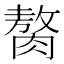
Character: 𫆰